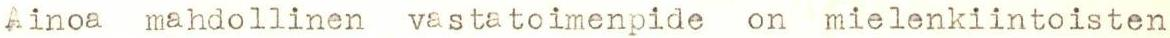
Ainoa mahdollinen vastatoimenpide on mielenkiintoisten